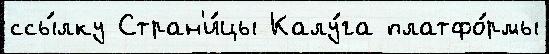
ссы́лку Стран'и́цы Калу́га платфо́рмы